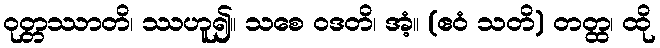
ဝုတ္တဿာတိ၊ ဿဟူ၍။ သစေ ဝဒတိ၊ အံ့။ (ဧဝံ သတိ) တတ္ထ၊ ထို